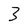
Character: 3